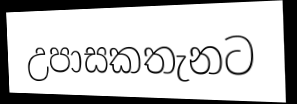
උපාසකතැනට